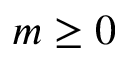
m \geq 0